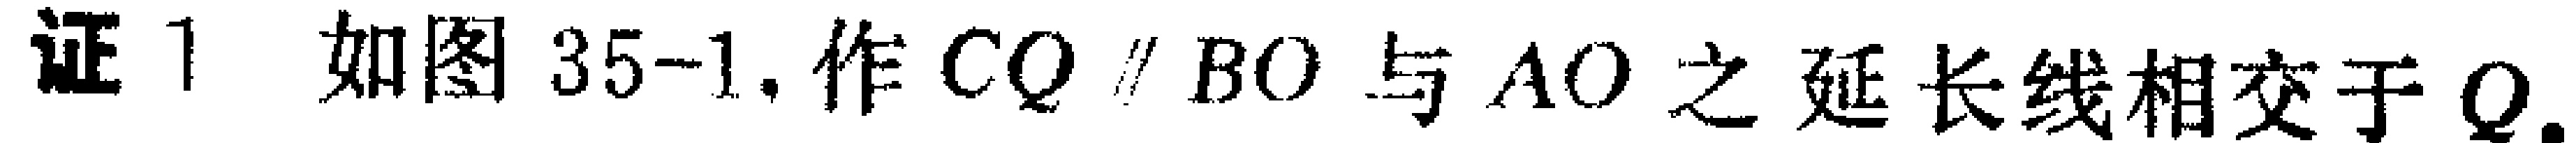
证 1. 如图 35-1, 作 \(CQ \parallel BO\) 与 \(AO\) 之延长线相交于 \(Q\).